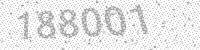
Solution: 188001